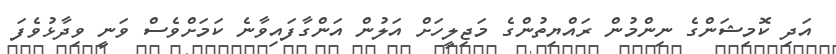
އަދި ކޮމިޝަންގެ ނިންމުން ރައްޔިތުންގެ މަޖިލީހަށް އަލުން އަންގާފައިވާނެ ކަމަށްވެސް ވަނީ ވިދާޅުވެފަ